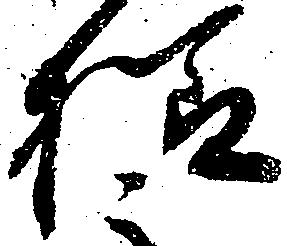
様